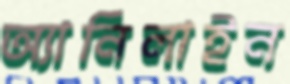
অ্যানিলাইন